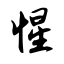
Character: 惺